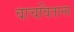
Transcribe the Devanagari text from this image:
वाचविताना